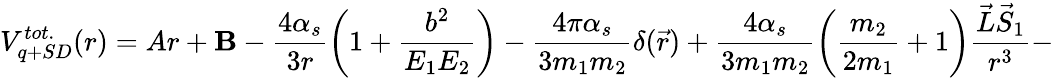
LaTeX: V_{q+SD}^{tot.}(r)=Ar+\mathbf{B}-\frac{{4\alpha_{s}}}{{3r}}\left(1+\frac{{b^{2}}}{{E_{1}E_{2}}}\right)-\frac{{4\pi\alpha_{s}}}{{3m_{1}m_{2}}}\delta(\vec{{r}})+\frac{{4\alpha_{s}}}{{3m_{1}m_{2}}}\left(\frac{{m_{2}}}{{2m_{1}}}+1\right)\frac{{\vec{{L}}\vec{{S}}_{1}}}{{r^{3}}}-